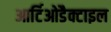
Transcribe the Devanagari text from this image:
आर्टिओडैक्टाइल